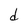
Character: d